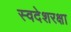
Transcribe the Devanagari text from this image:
स्वदेशरक्षा